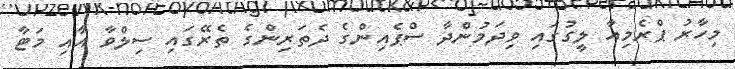
މިހާރު ޕްރެމިއާ ލީގުގައި ވިދަމުންދާ ސްޕެއިންގެ ދެތަރިންގެ ތެރޭގައި ސިލްވާ އާއި މަޓާ